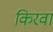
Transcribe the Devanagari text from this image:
किरवा